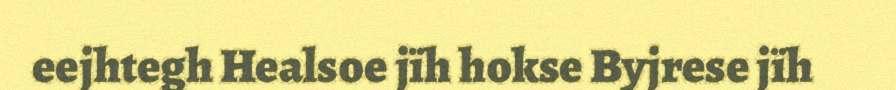
eejhtegh Healsoe jïh hokse Byjrese jïh